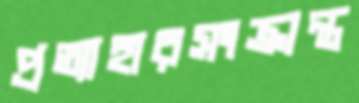
প্রত্যাহারসংক্রান্ত